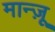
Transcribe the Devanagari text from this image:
मान्ज़ू